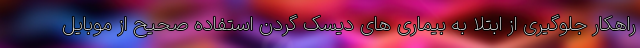
راهکار جلوگیری از ابتلا به بیماری های دیسک گردن استفاده صحیح از موبایل